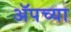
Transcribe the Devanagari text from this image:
ॲपच्या